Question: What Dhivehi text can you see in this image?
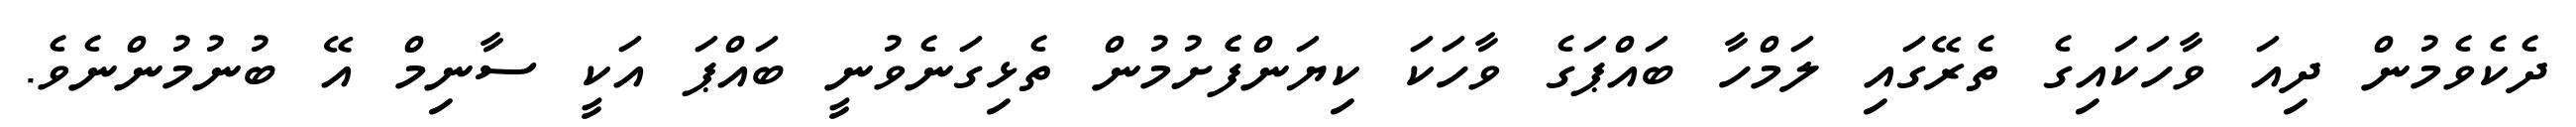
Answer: ދެކެވެމުން ދިއަ ވާހަކައިގެ ތެރޭގައި ލަމްހާ ބައްޕަގެ ވާހަކަ ކިޔަންފެެށުމުން ތެޅިގަނެވުނީ ބައްޕަ އަކީ ސާނިމް އޭ ބުނުމުންނެވެ.